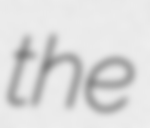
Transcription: the